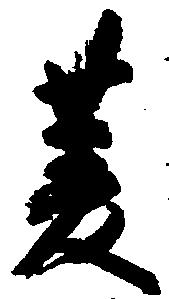
菱